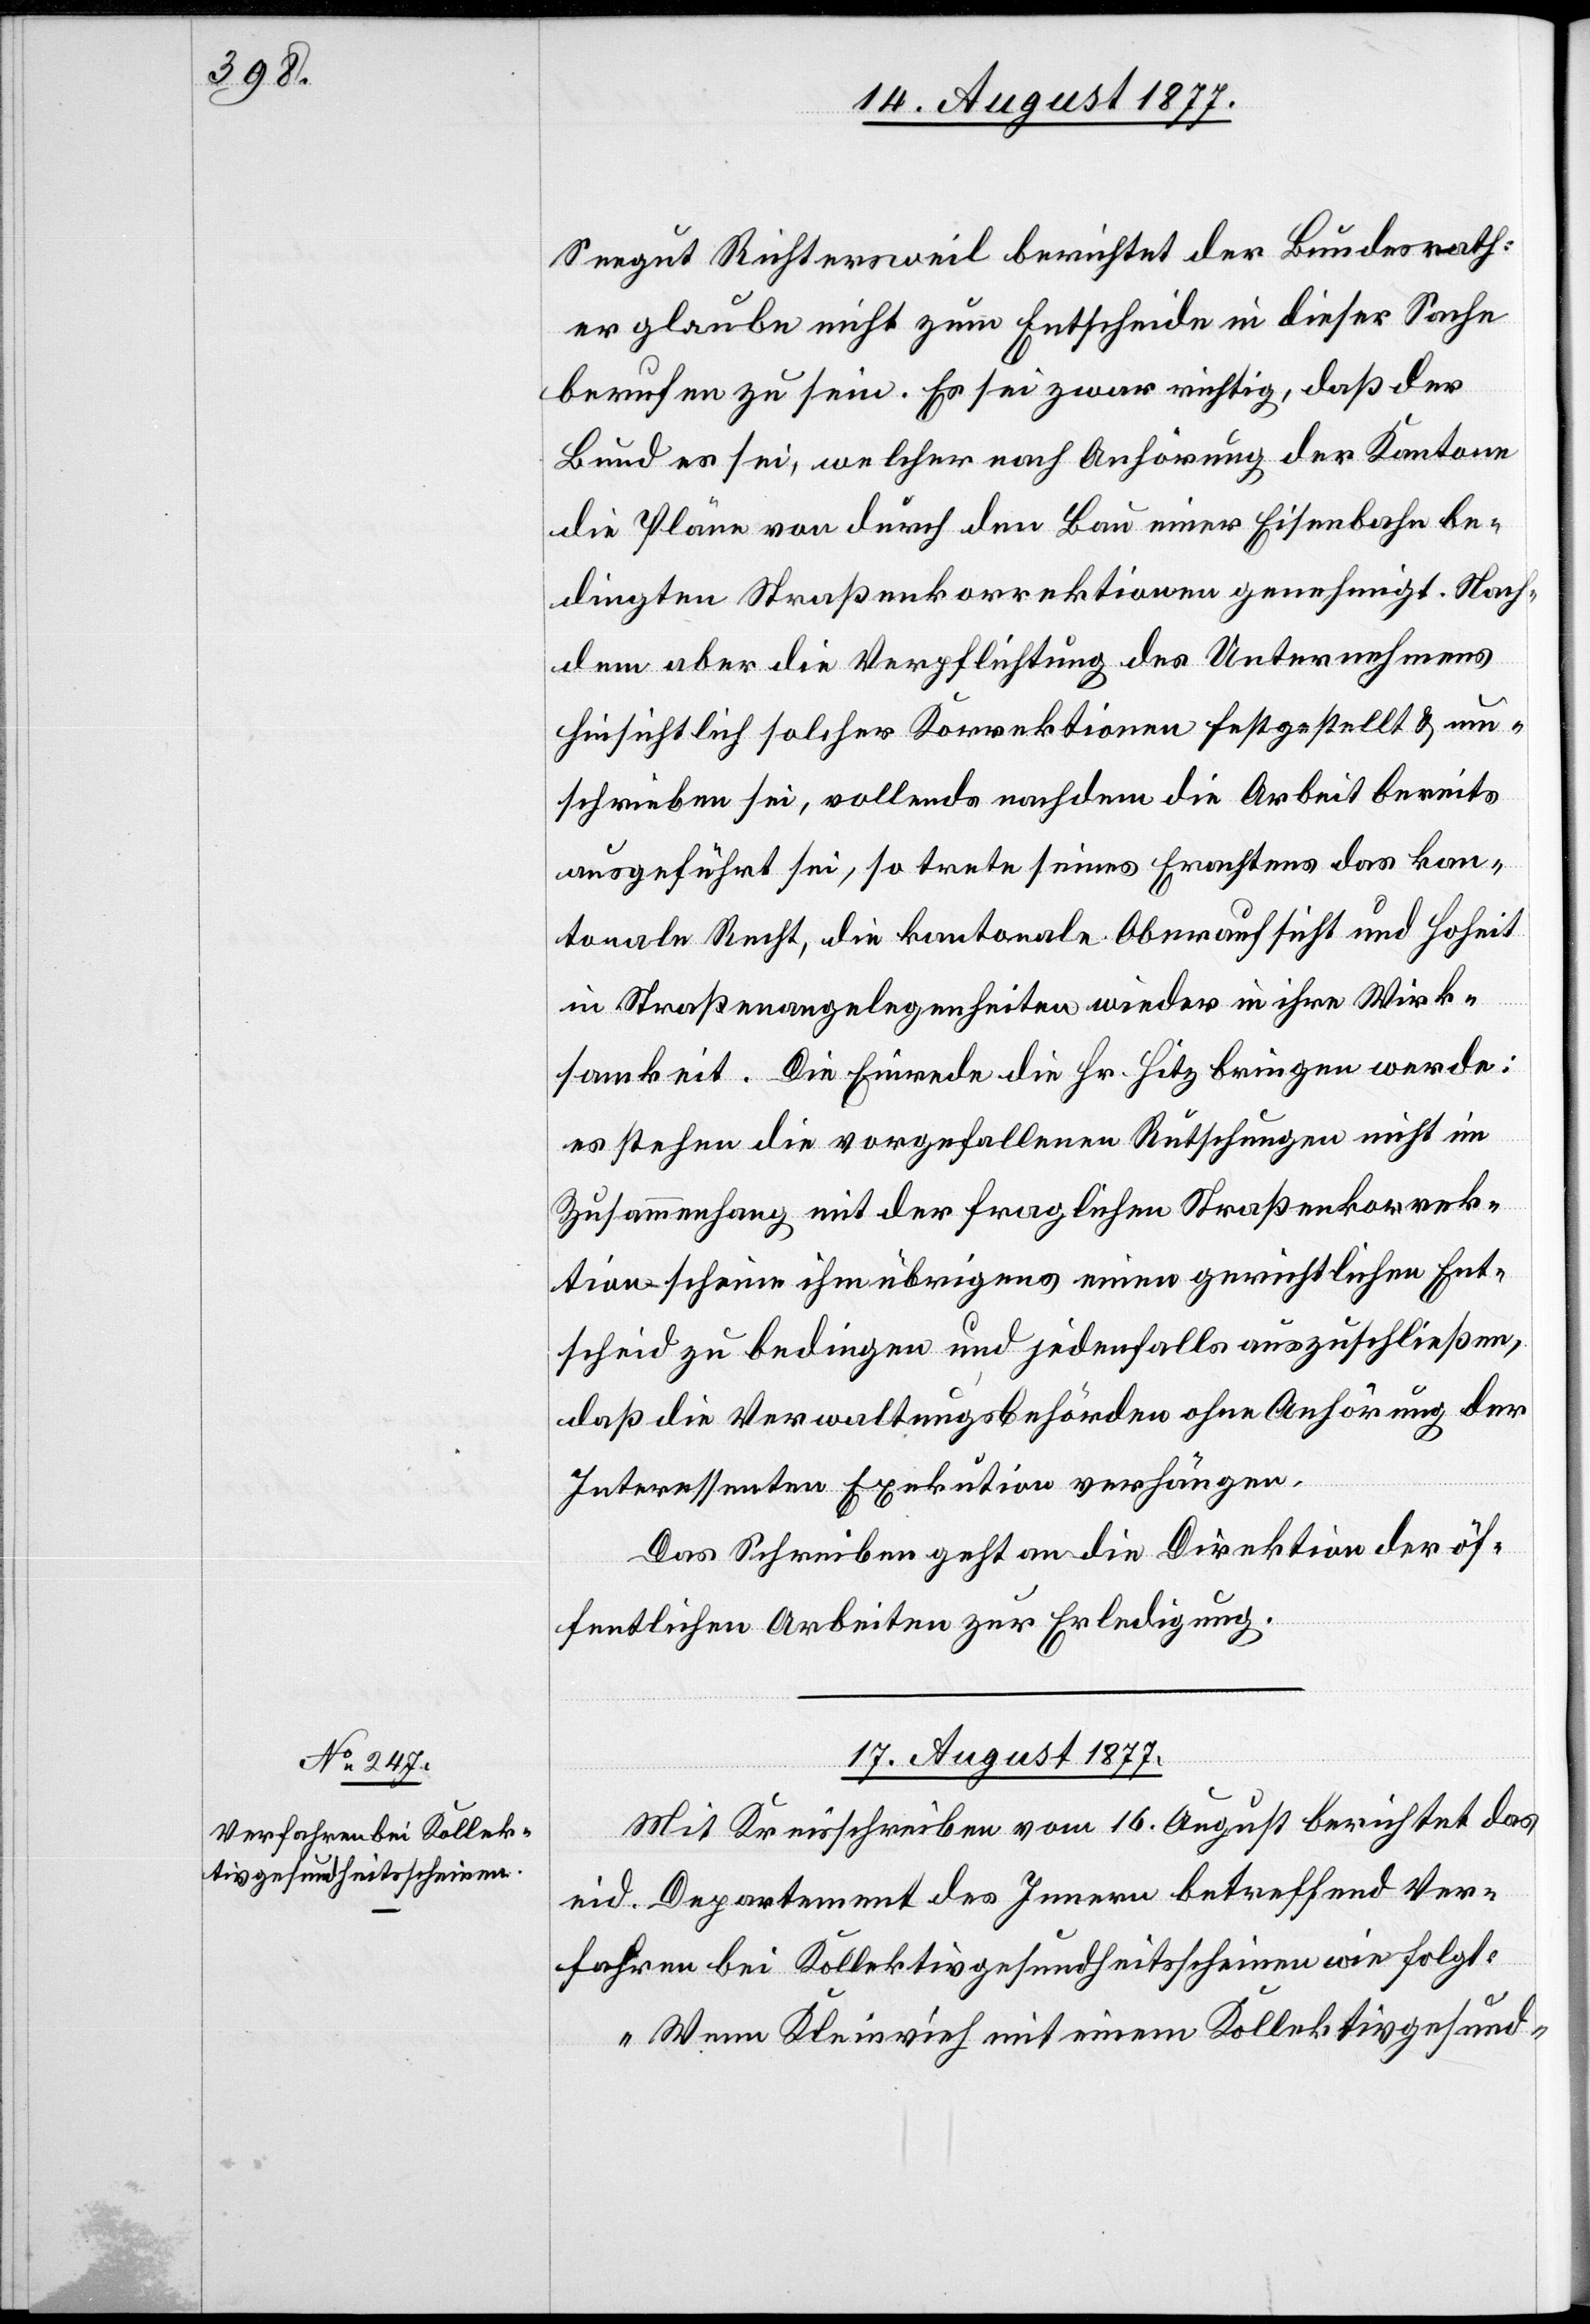
Seegut Richtersweil berichtet der Bundesrath:
er glaube nicht zum Entscheide in dieser Sache
berufen zu sein. Es sei zwar richtig, daß der
Bund es sei, welcher nach Anhörung der Kantone
die Pläne von durch den Bau einer Eisenbahn be¬
dingten Straßenkorrektionen genehmigt. Nach¬
dem aber die Verpflichtung des Unternehmens
hinsichtlich solcher Korrektionen festgestellt & um¬
schrieben sei, vollends nachdem die Arbeit bereits
ausgeführt sei, so trete seines Erachtens das kan¬
tonale Recht, die kantonale Oberaufsicht und Hoheit
in Straßenangelegenheiten wieder in ihre Wirk¬
samkeit. Die Einrede die Hr. Hitz bringen werde:
es stehen die vorgefallenen Rutschungen nicht im
Zusammenhang mit der fraglichen Straßenkorrek¬
tion scheine ihm übrigens einen gerichtlichen Ent¬
scheid zu bedingen und jedenfalls auszuschließen,
daß die Verwaltungsbehörden ohne Anhörung der
Interessenten Exekution verhängen.
Das Schreiben geht an die Direktion der öf¬
fentlichen Arbeiten zur Erledigung.
17. August 1877.
Mit Kreisschreiben vom 16. August berichtet das
eid. Departement des Innern betreffend Ver¬
fahren bei Kollektivgesundheitsscheinen wie folgt:
„Wenn Kleinvieh mit einem Kollektivgesund-